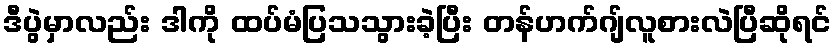
ဒီပွဲမှာလည်း ဒါကို ထပ်မံပြသသွားခဲ့ပြီး တန်ဟက်ဂျ်လူစားလဲပြီဆိုရင်